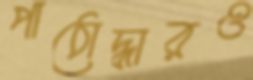
পাঠোদ্ধারও